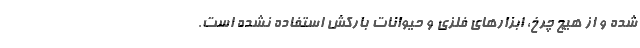
شده و از هیچ چرخ، ابزارهای فلزی و حیوانات بارکش استفاده نشده است.